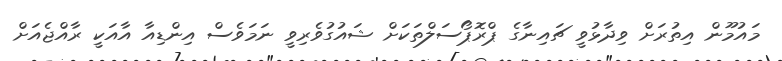
މައުމޫން އިތުރަށް ވިދާޅުވީ ޗައިނާގެ ޕްރޮޕޯސަލްތަކަށް ޝައުގުވެރިވީ ނަމަވެސް އިންޑިއާ އާއަކީ ރާއްޖެއަށް